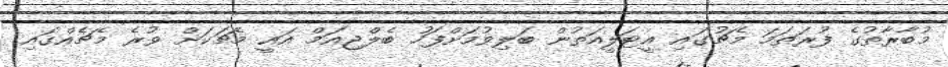
މުބާރާތުގެ ފުރަތަމަ މެޗުގައި އީޓަލީއަތުން ބަލިވުމަށްފަހު ބެލްޖިއަމް އައީ މެޗަކަށް ވުރެ މެޗެއްގައި